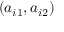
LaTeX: ( a _ { i 1 } , a _ { i 2 } )